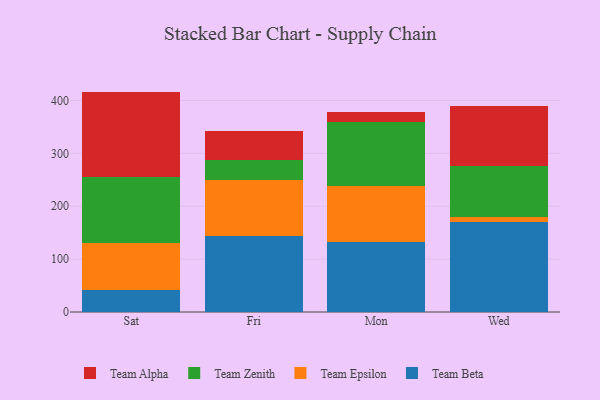
{"axis": {"x": "Day", "y": "LTV (USD)"}, "legend": ["Team Alpha", "Team Beta", "Team Epsilon", "Team Zenith"], "data": [{"x": "Sat", "y": 40.7, "type": "Team Beta"}, {"x": "Sat", "y": 89.4, "type": "Team Epsilon"}, {"x": "Sat", "y": 125.9, "type": "Team Zenith"}, {"x": "Sat", "y": 160.9, "type": "Team Alpha"}, {"x": "Fri", "y": 143.1, "type": "Team Beta"}, {"x": "Fri", "y": 106.1, "type": "Team Epsilon"}, {"x": "Fri", "y": 38.7, "type": "Team Zenith"}, {"x": "Fri", "y": 54.9, "type": "Team Alpha"}, {"x": "Mon", "y": 133.2, "type": "Team Beta"}, {"x": "Mon", "y": 105.4, "type": "Team Epsilon"}, {"x": "Mon", "y": 120.3, "type": "Team Zenith"}, {"x": "Mon", "y": 20.0, "type": "Team Alpha"}, {"x": "Wed", "y": 171.1, "type": "Team Beta"}, {"x": "Wed", "y": 8.5, "type": "Team Epsilon"}, {"x": "Wed", "y": 96.7, "type": "Team Zenith"}, {"x": "Wed", "y": 113.0, "type": "Team Alpha"}]}